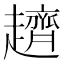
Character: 𧾙